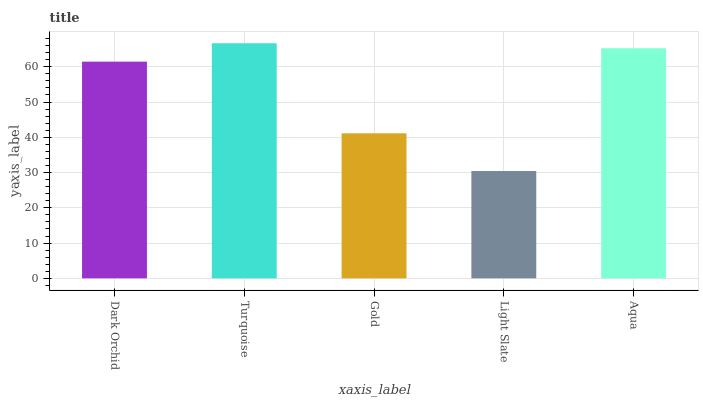
| xaxis_label | bars |
 | --- | --- |
 | Dark Orchid | 61.4 |
 | Turquoise | 66.7 |
 | Gold | 41.1 |
 | Light Slate | 30.4 |
 | Aqua | 65.2 |